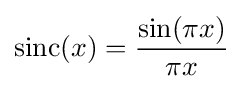
\operatorname {sinc} (x)={\frac {\sin(\pi x)}{\pi x}}